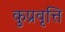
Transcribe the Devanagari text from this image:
कुप्रवृत्ति